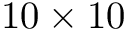
1 0 \times 1 0